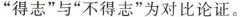
”得志”与”不得志”为对比论证。